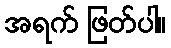
အရက် ဖြတ်ပါ။